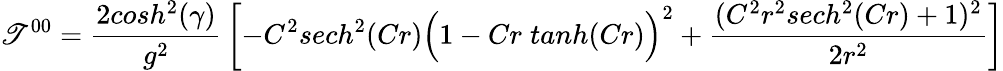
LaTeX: \mathscr{T}^{00}={\frac{{2cosh^{2}(\gamma)}}{{g^{2}}}}\left[-C^{2}sech^{2}(Cr)\Big(1-Cr\; tanh(Cr)\Big)^{2}+{\frac{{(C^{2}r^{2}sech^{2}(Cr)+1)^{2}}}{{2r^{2}}}}\right]